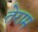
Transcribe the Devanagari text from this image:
तेराम